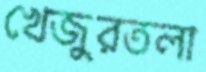
খেজুরতলা